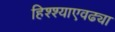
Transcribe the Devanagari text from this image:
हिश्श्याएवढ्या